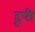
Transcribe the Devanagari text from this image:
हूपी